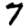
Digit: 7